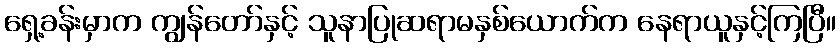
ရှေ့ခန်းမှာက ကျွန်တော်နှင့် သူနာပြုဆရာမနှစ်ယောက်က နေရာယူနှင့်ကြပြီ။